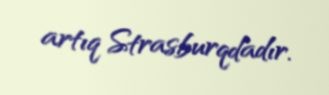
artıq Strasburqdadır.